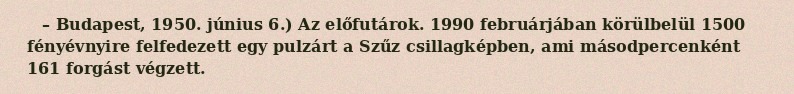
– Budapest, 1950. június 6.) Az előfutárok. 1990 februárjában körülbelül 1500 fényévnyire felfedezett egy pulzárt a Szűz csillagképben, ami másodpercenként 161 forgást végzett.